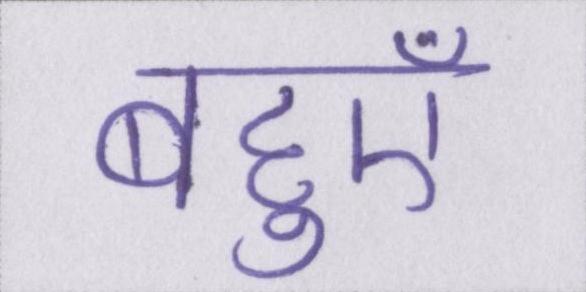
बहुएँ